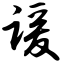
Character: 谖